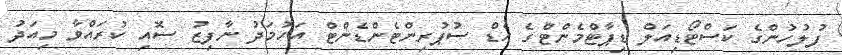
ފުލުހުންގެ ކަސްޓޯޑިއަލް ޑިޕާޓްމެންޓްގެ ހެޑް ސުޕުރިންޓެންޑެންޓް އަހުމަދު ނާފިޒު ސޮއި ކުރައްވާ މިއަދު